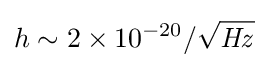
h\sim {2\times 10^{-20}/{\sqrt {\mathit {Hz}}}}